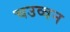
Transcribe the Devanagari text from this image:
चउव्वन